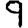
Digit: 9